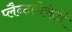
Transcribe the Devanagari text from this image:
प्लैन्टागेनेटों